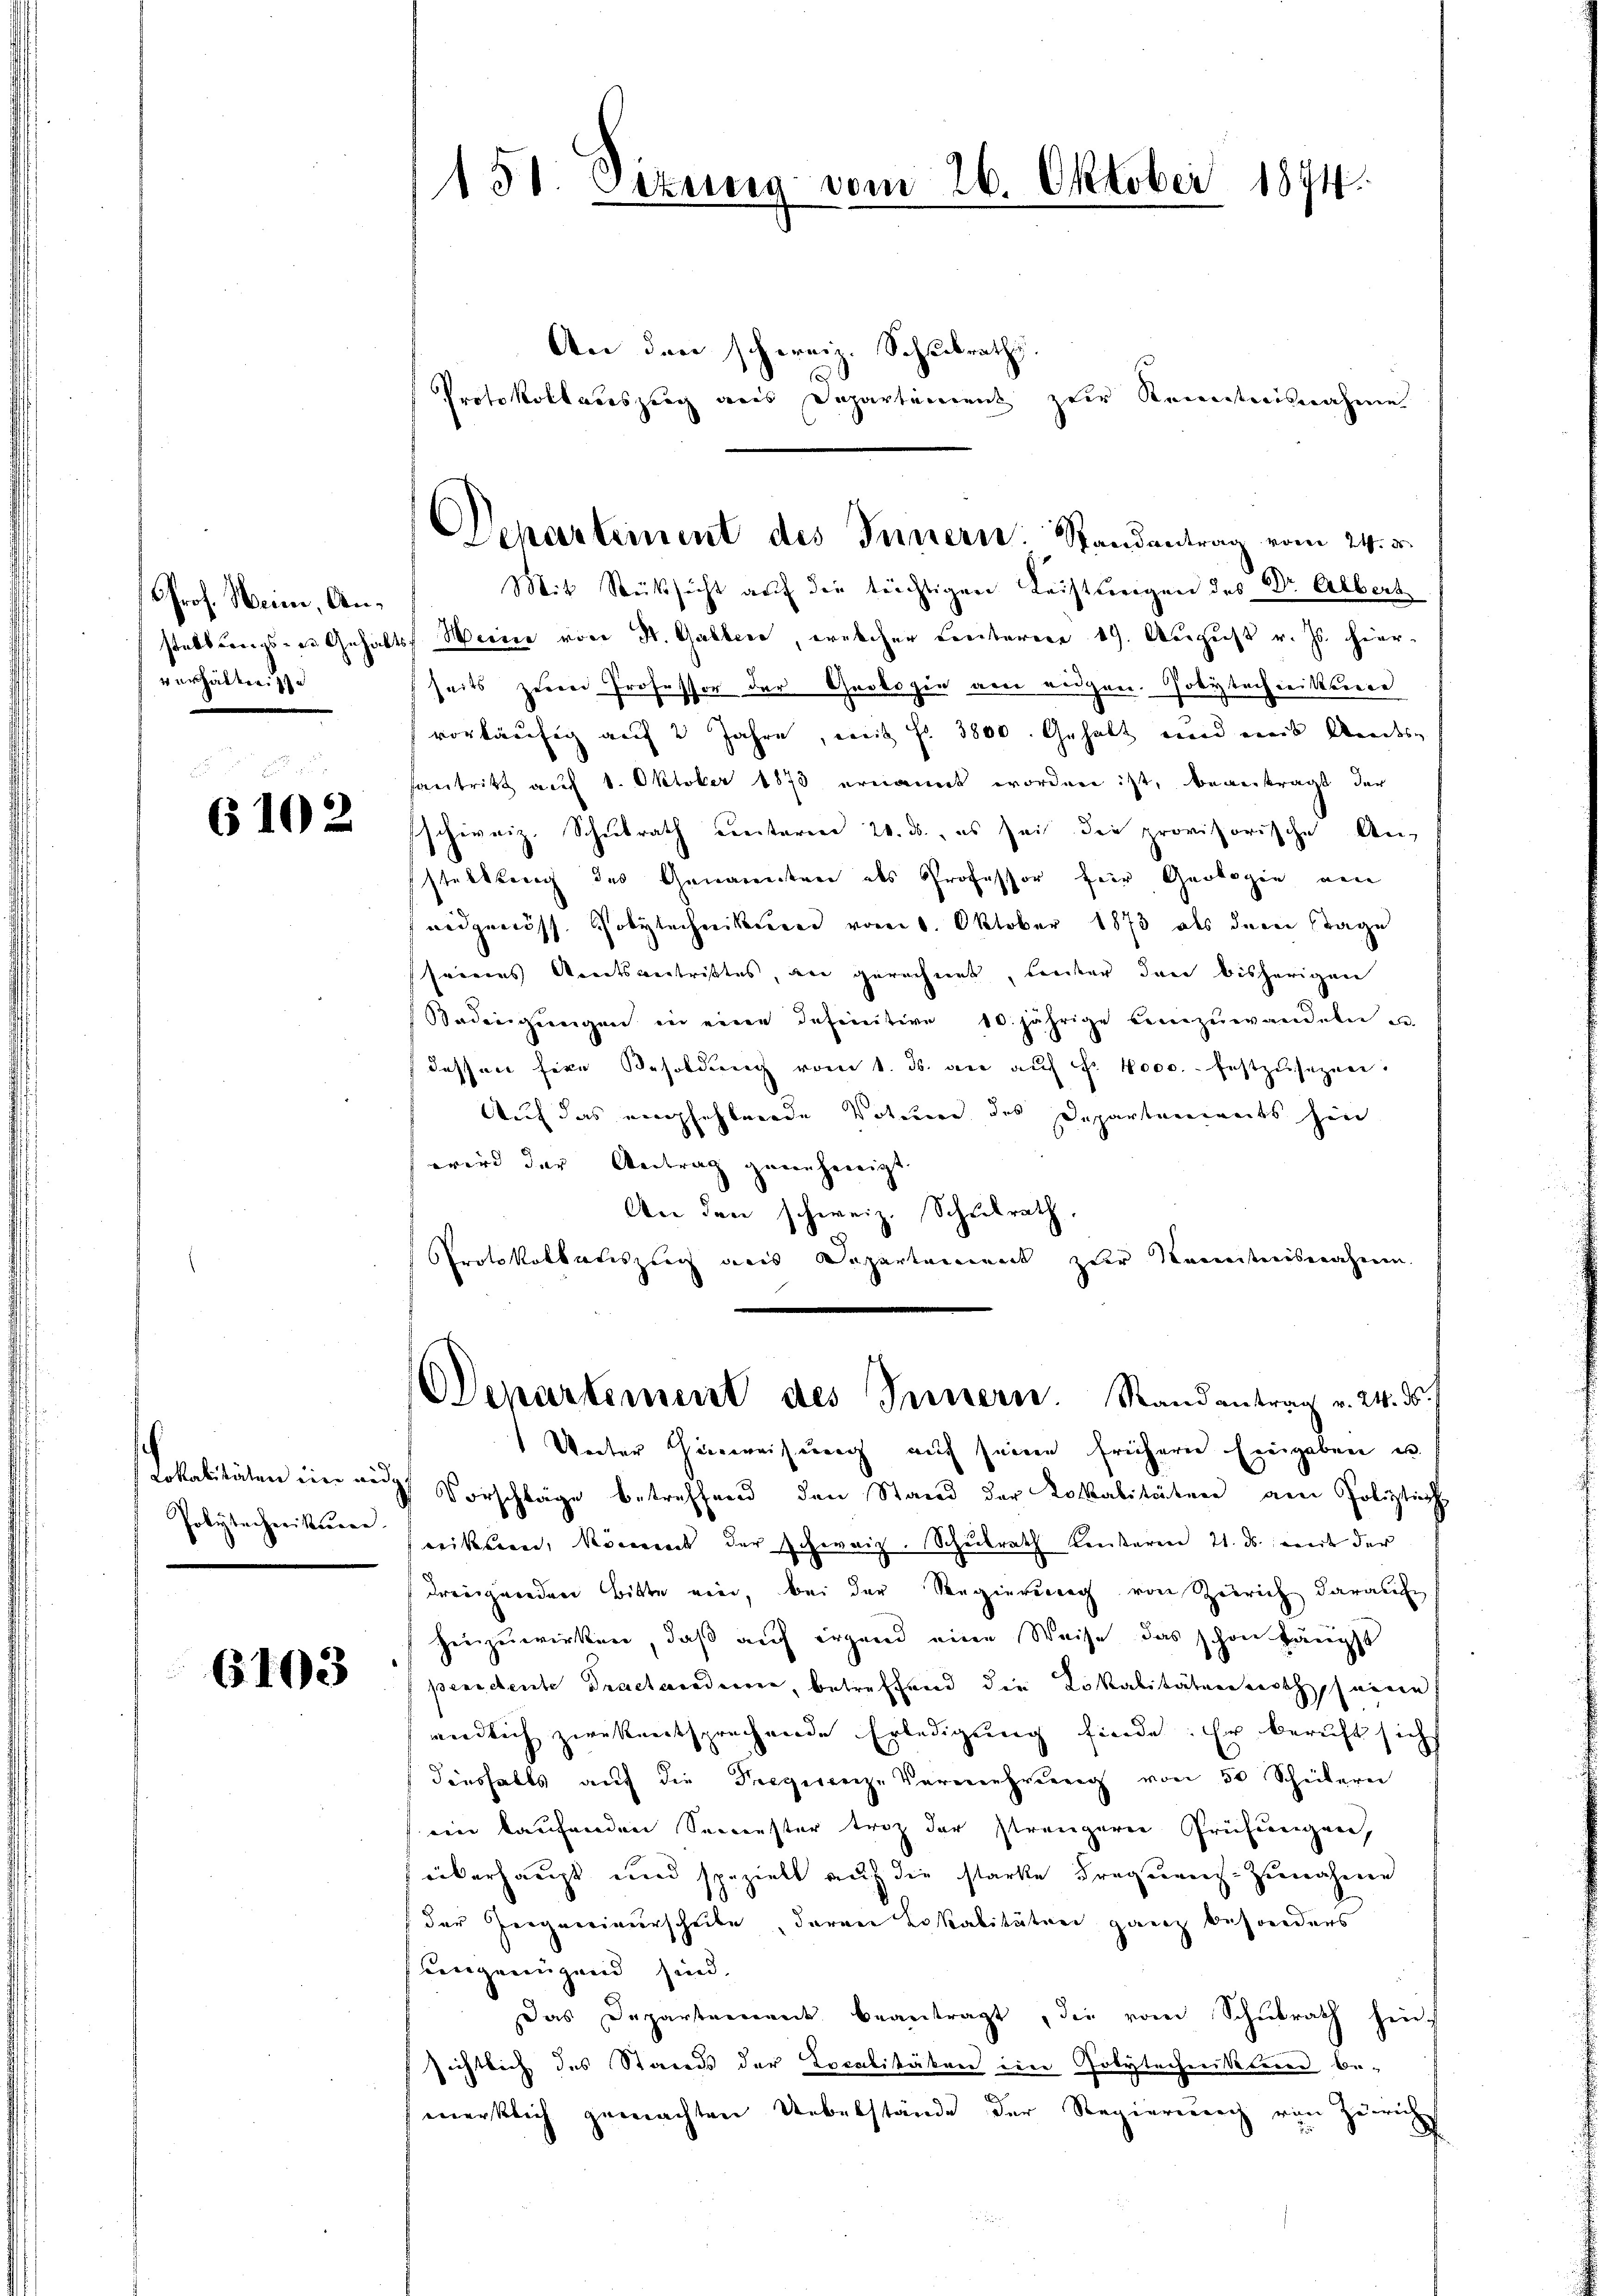
PProf. Heim, Anverhalten. Ise

6102

Polytechneiteren.

6103

138. Sekung vom 26. Oktober 1874.

An den schweiz. Schulraths.
Protokollauszug aus Departement zur Kenntnisnahme
Mit Rücksicht auf die tüchtigen Leistungen des Dr. Albert
stellungs- u Gehalts- Weine von St. Galler, welcher Leiteren 19. August v. Js. hierseits Herrn Professor der Geologie am eidgen. Polytechinistere
vorläufig auf 2 Jahre, mit fr. 3800. Gehalt und eines Andesantritt auf 1. Oktober 1873 ernannt worden ist, beantragt der
schweiz. Schulrath unterne 20. ds., es sei die provisorische An-
staltung des Annamenten des Professor für Geologie an
eidgenöss. Polytechniker vom 6. Oktober 1873 des deren Tage
seines Amtsantristes, an gerechnet, lieder den bisherigen
Bedingŭngen in eine definitive 10jährige beizuwandeln u.
dessen fixe Besoldung vom 1. ds. an aŭf Fr. 4000. festzŭsezen.
Auf das empfehlende Votum des Departements hin
wird der Antrag genehmigt.
An den schweiz. Schulrath
Protokollatiszug aus Departement zur Kenntnisnahme.
Departement des Innern. Randantrag v. 24. ds.
Unter Hinweisung auf seine frühern Eingaben u.
Lokalitäten ein auf Vorschläge betreffend den Stand der Lokalitäten am Poliztich
reikten Moment der Schweiz. Schulrath Konseren 21. ds. mit der
dreigenden Bitte ein, bei der Regierung von Zürich darauf
hinzuwirken, daß auf irgend eine Weise, das schon längst
penschente Practsordnen, betreffend die Lokalitäten noch seinen
ändlich zwekentsprechende Erledigung finde. Er beruht sich
diesfalls auf die Regienz-Vermehrung von 50 Schülern
ein kaufenden Semester trotz der strengern Prüfungen,
ükerhaupt und spezielt auf die starke Frequenz-Zunahme
8
(der Ziegenieurscheibe, deren Lokalitäten ganz besonders
eingenügend sind.
Das Departement beantragt, die vom Schulrath hin
sichtlich des Stands der Localitäten ein Polytechenkten be-
merklich gemachten Uebelstände der Regierung von Zürich

Scharteinent des Innern. Standentrag vom 24. d.